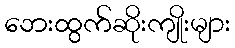
ဘေးထွက်ဆိုးကျိုးများ